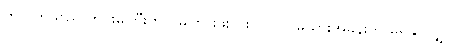
ဤဂြိုဟ်သည် ကင်းမကြီးတွင် မကြားဖူးဘူးဟု လင်မယားအခန်းကို မရနိုင်လျှင်